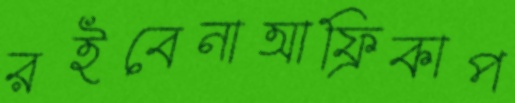
রইবেনাআফ্রিকাপ